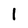
Character: 1